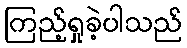
ကြည့်ရှုခဲ့ပါသည်